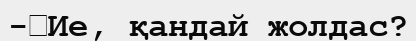
-	Ие, қандай жолдас?